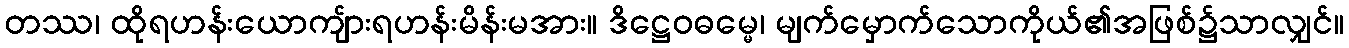
တဿ၊ ထိုရဟန်းယောကျ်ားရဟန်းမိန်းမအား။ ဒိဋ္ဌေဝဓမ္မေ၊ မျက်မှောက်သောကိုယ်၏အဖြစ်၌သာလျှင်။